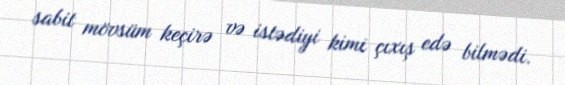
sabit mövsüm keçirə və istədiyi kimi çıxış edə bilmədi.